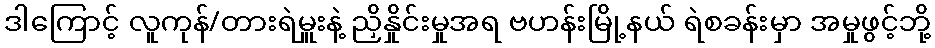
ဒါကြောင့် လူကုန်/တားရဲမှူးနဲ့ ညှိနှိုင်းမှုအရ ဗဟန်းမြို့နယ် ရဲစခန်းမှာ အမှုဖွင့်ဘို့